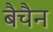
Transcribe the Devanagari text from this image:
बैचैन